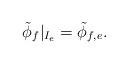
LaTeX: \begin{align*}\tilde{\phi}_{f}|_{I_{e}}=\tilde{\phi}_{f,e}.\end{align*}